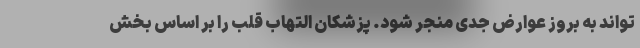
تواند به بروز عوارض جدی منجر شود. پزشکان التهاب قلب را بر اساس بخش